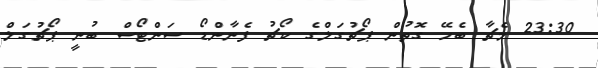
23:30 މެޗާ ބެހޭ ގޮތުން ޕޯޗުގަލްގެ ކޯޗު ފެނާންޑޯ ސަންޓޯސް ބުނީ ޕޯޗުގަލް